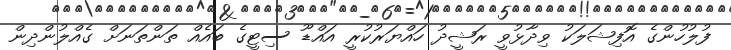
ފުލުހުންގެ އޮފިޝަލަކު ވިދާޅުވީ ރަޝީދު ހައްޔަރުކުރީ އައްޑޫ ސިޓީގެ ބައެއް ތަންތަނަށް ގެއްލުންދިން